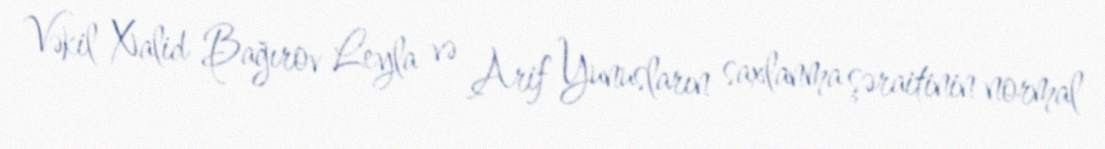
Vəkil Xalid Bağırov Leyla və Arif Yunusların saxlanma şəraitinin normal